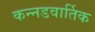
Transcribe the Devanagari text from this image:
कन्नडवार्तिक